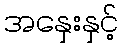
အနှေးနှင့်